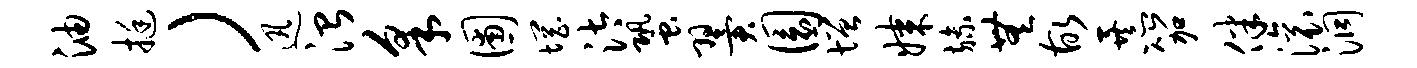
油挺）迅治采圃惘汰蛩翼圜增媒旒无故暴笳伴滚洞